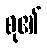
စု၏